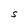
Character: S